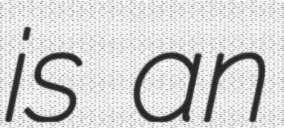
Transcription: is an